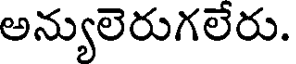
అన్యులెరుగలేరు.